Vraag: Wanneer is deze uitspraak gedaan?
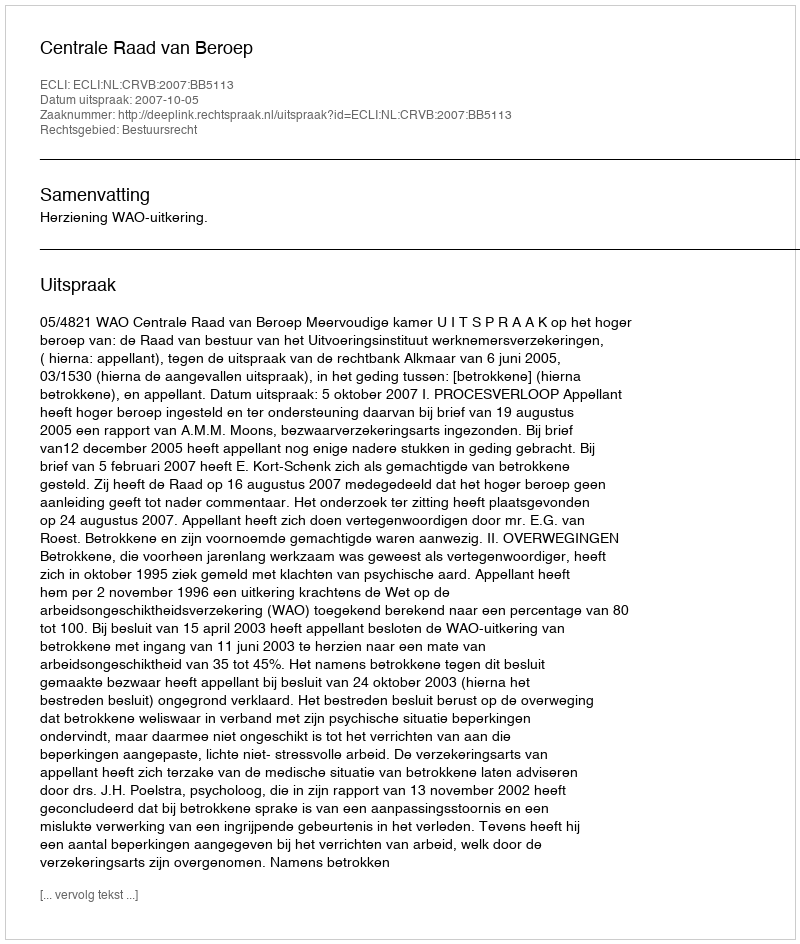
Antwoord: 2007-10-05